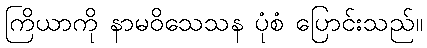
ကြိယာကို နာမဝိသေသန ပုံစံ ပြောင်းသည်။